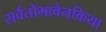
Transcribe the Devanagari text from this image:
सर्वतोभावेनकिया